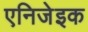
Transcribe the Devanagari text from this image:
एनिजेइक